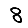
Digit: 8